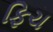
ફિચ